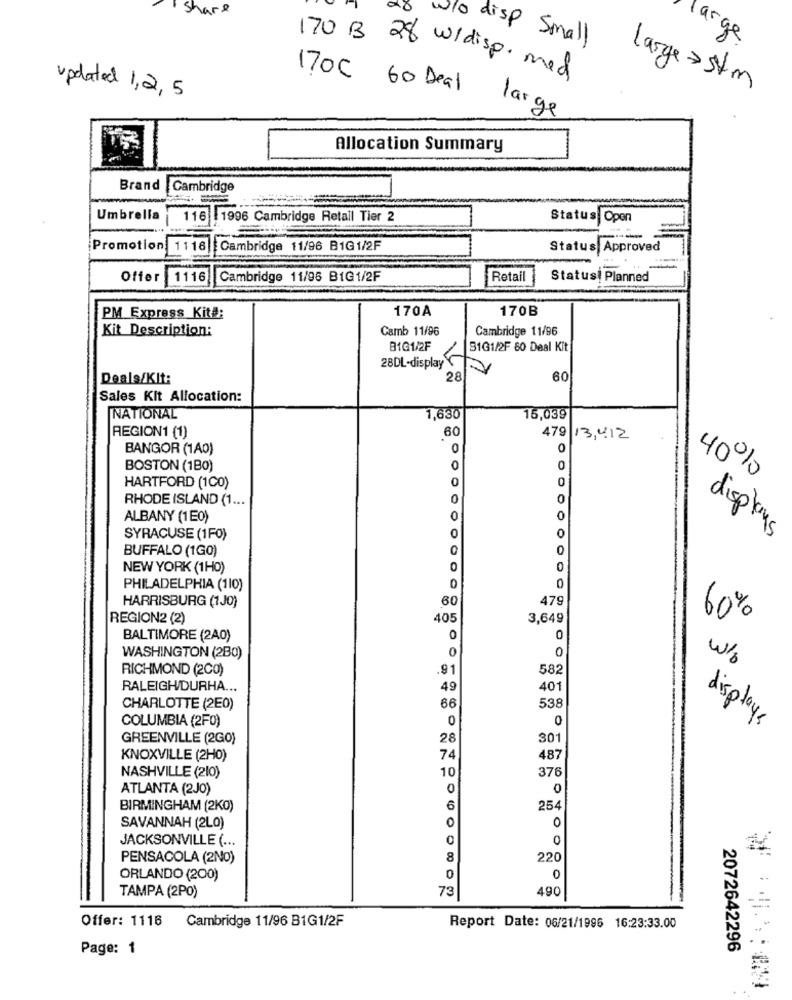
share
arge
W/o disp Small
170 B 28 widisp. med
170C 60 Deal
large > 5km
updated 1,2, 5
large
Allocation Summary
Brand |Cambridge
Umbrella
116 1996 Cambridge Retail Tier 2
Status Open
Promotion: 1116 Cambridge 11/96 B1G 1/2F
Status Approved
Offer 1116 Cambridge 11/95 BIG1/2F
Retail
Statusi Planned
170A
170B
PM Express Kit#:
Kit Description:
Camb 11/96
Cambridge 11/96
B1Q1/2F
81G1/2F 60 Deal Kit
28DL-display
Deals/Klt:
28
60
Sales Kit Allocation:
NATIONAL
1,630
15,039
479
REGION1 (1)
60
13,412
BANGOR (1A0)
0
0
BOSTON (1B0)
0
0
0
0
40%
HARTFORD (1CO)
RHODE ISLAND (1 ...
0
0
ALBANY (1E0)
0
0
SYRACUSE (1F0)
0
0
displays
BUFFALO (1GO)
0
0
NEW YORK (1H0)
0
0
PHILADELPHIA (110)
0
0
HARRISBURG (1J0)
60
479
REGION2 (2)
405
3,649
60%
BALTIMORE (2A0)
0
0
0
0
WASHINGTON (2B0)
RICHMOND (2CO)
91
582
RALEIGH/DURHA ...
49
401
538
CHARLOTTE (2E0)
66
COLUMBIA (2F0)
0
0
displays
GREENVILLE (2GO)
28
301
KNOXVILLE (2H0)
74
487
10
376
NASHVILLE (210)
ATLANTA (2J0)
0
0
BIRMINGHAM (2KO)
6
254
0
SAVANNAH (2LO)
0
JACKSONVILLE ( ...
PENSACOLA (2NO)
8
220
ORLANDO (200)
0
0
73
490
TAMPA (2PO)
Offer: 1116
Cambridge 11/96 B1G1/2F
Report Date: 06/21/1996 16:23:33.00
Page: 1
2072642296